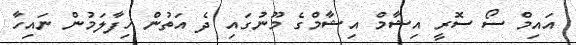
އައިމް ސޯ ސޮރީ އިޝާމް އިޝާމްގެ މޫނުގައި ދެ އަތުން ހިފާލަމުން ނައިހާ